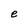
Character: e